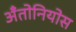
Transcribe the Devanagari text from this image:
अँतोनियोस